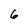
Character: 6